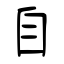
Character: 自